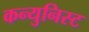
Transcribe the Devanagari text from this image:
कन्युनिस्ट